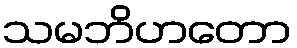
သမဘိဟတော